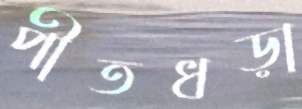
পীতধড়া